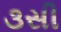
૩સી